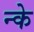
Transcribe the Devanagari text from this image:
न्के